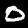
Label: 0